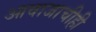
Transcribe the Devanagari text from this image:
आवाजाचीही